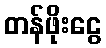
တန်ဖိုးငွေ